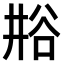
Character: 𫎁